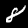
Digit: 8